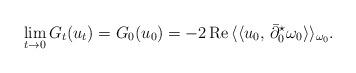
LaTeX: \begin{align*}\lim_{t \to 0} G_t(u_t)= G_0(u_0)=-2\,\mbox{Re}\,\langle\langle u_0,\,\bar\partial_0 ^{\star}\omega_0\rangle\rangle_{\omega_0}. \end{align*}